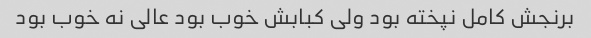
برنجش کامل نپخته بود ولی کبابش خوب بود عالی نه خوب بود